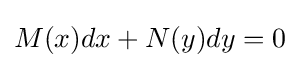
M(x)dx+N(y)dy=0